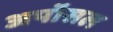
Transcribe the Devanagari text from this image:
अपॉसल